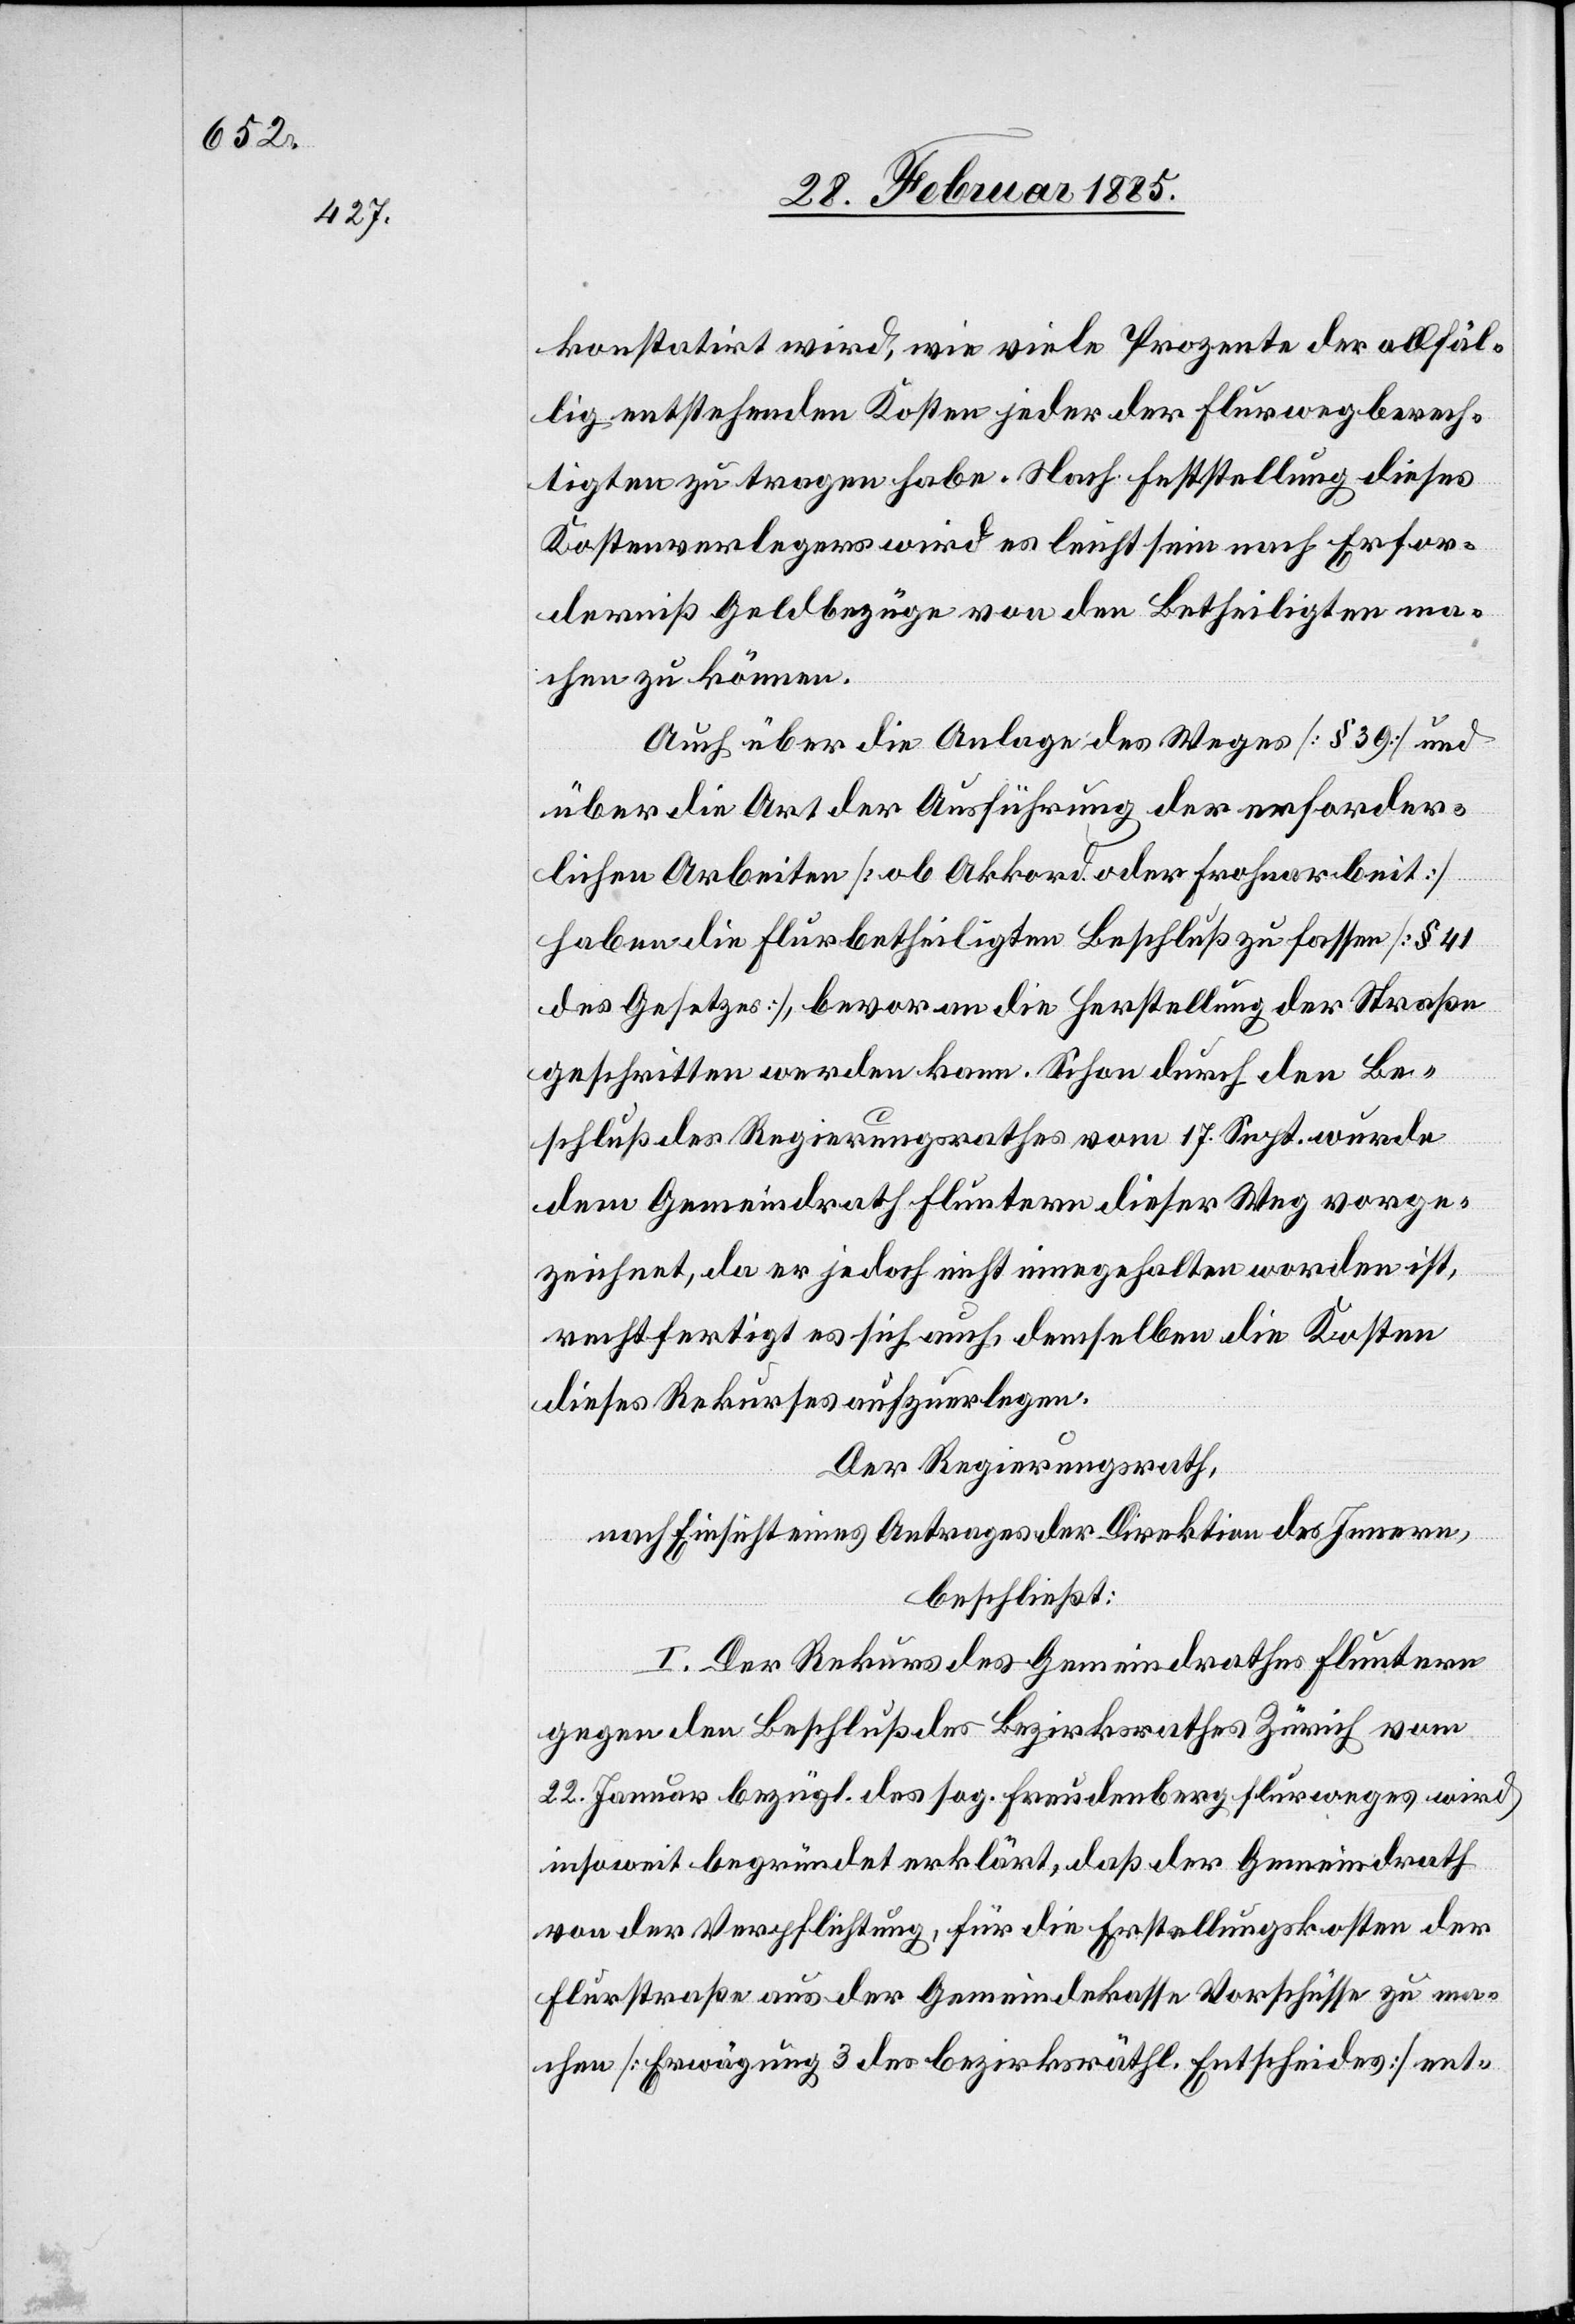
konstatirt wird, wie viele Prozente der allfäl¬
lig entstehenden Kosten jeder der Flurwegberech¬
tigten zu tragen habe. Nach Feststellung dieses
Kostenverlegers wird es leicht sein nach Erfor¬
derniß Geldbezüge von den Betheiligten ma¬
chen zu können.
Auch über die Anlage des Weges [§ 39] und
über die Art der Ausführung der erforder¬
lichen Arbeiten [ob Akkord oder Frohnarbeit]
haben die Flurbetheiligten Beschluß zu fassen [§ 41
des Gesetzes], bevor an die Herstellung der Straße
geschritten werden kann. Schon durch den Be¬
schluß des Regierungsrathes vom 17. Sept. werde
dem Gemeindrath Fluntern dieser Weg vorge¬
zeichnet, da er jedoch nicht innegehalten worden ist,
rechtfertigt es sich auch, demselben die Kosten
dieses Rekurses aufzuerlegen.
Der Regierungsrath,
nach Einsicht eines Antrages der Direktion des Innern,
beschließt:
I. Der Rekurs des Gemeindrathes Fluntern
gegen den Beschluß des Bezirksrathes Zürich vom
22. Januar bezügl. des sog. Freudenberg Flurweges wird
insoweit begründet erklärt, daß der Gemeindrath
von der Verpflichtung, für die Erstellungskosten der
Flurstraße aus der Gemeindekasse Vorschüsse zu ma¬
chen [Erwägung 3 der bezirksräthl. Entscheides] ent-